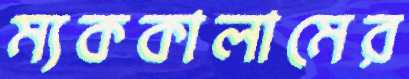
ম্যককালামের